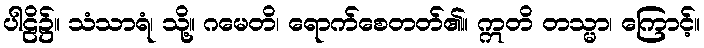
ပါဠိ၌။ သံသာရံ၊ သို့။ ဂမေတိ၊ ရောက်စေတတ်၏။ ဣတိ တသ္မာ၊ ကြောင့်။